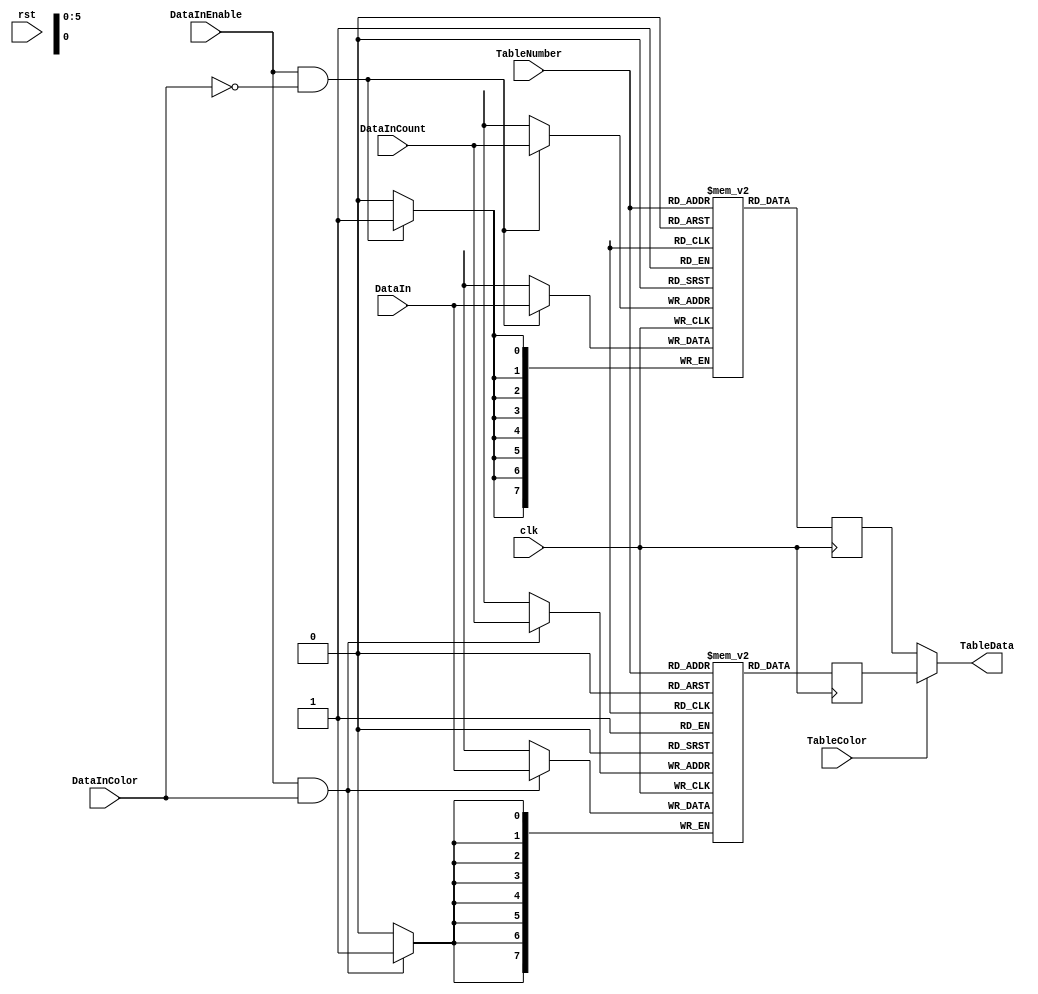
module aq_djpeg_dqt(
    input           rst,
    input           clk,

    input           DataInEnable,
    input           DataInColor,
    input [5:0]     DataInCount,
    input [7:0]     DataIn,

    input           TableColor,
    input  [5:0]    TableNumber,
    output [7:0]    TableData
);
    // RAM
    reg [7:0]       DQT_Y [0:63];
    reg [7:0]       DQT_C [0:63];

    // RAM
    always @(posedge clk) begin
        if(DataInEnable ==1'b1 && DataInColor ==1'b0) begin
            DQT_Y[DataInCount] <= DataIn;
        end
        if(DataInEnable ==1'b1 && DataInColor ==1'b1) begin
            DQT_C[DataInCount] <= DataIn;
        end
    end

    reg [7:0] TableDataY;
    reg [7:0] TableDataC;

    // RAM out
    always @(posedge clk) begin
        TableDataY <= DQT_Y[TableNumber];
        TableDataC <= DQT_C[TableNumber];
    end

    // Selector
    assign TableData = (TableColor)?TableDataC:TableDataY;
endmodule